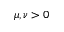
\mu , \nu > 0